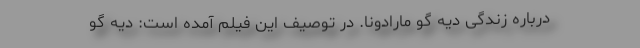
درباره زندگی دیه گو مارادونا. در توصیف این فیلم آمده است: دیه گو